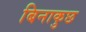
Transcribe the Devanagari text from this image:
बिनाकुछ